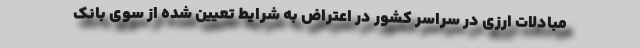
مبادلات ارزی در سراسر کشور در اعتراض به شرایط تعیین شده از سوی بانک